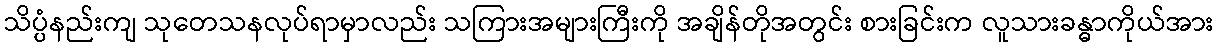
သိပ္ပံနည်းကျ သုတေသနလုပ်ရာမှာလည်း သကြားအများကြီးကို အချိန်တိုအတွင်း စားခြင်းက လူသားခန္ဓာကိုယ်အား